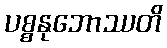
ပစ္စနုဘောဿတိ